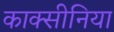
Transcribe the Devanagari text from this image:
काक्सीनिया